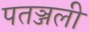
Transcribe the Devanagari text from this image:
पतञ्जली